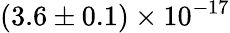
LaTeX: (3.6\pm 0.1)\times 10^{-17}